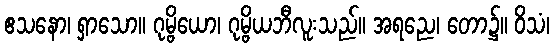
ဧသနော၊ ရှာသော။ ဂုမ္ဗိယော၊ ဂုမ္ဗိယဘီလူးသည်။ အရညေ၊ တော၌။ ဝိသံ၊